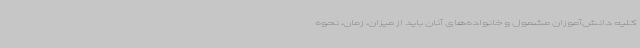
کلیه دانش‌آموزان مشمول و خانواده‌های آنان باید از میزان، زمان، نحوه